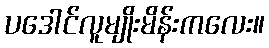
ပဒေါင်လူမျိုးမိန်းကလေး။